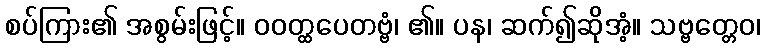
စပ်ကြား၏ အစွမ်းဖြင့်။ ဝဝတ္ထပေတဗ္ဗံ၊ ၏။ ပန၊ ဆက်၍ဆိုအံ့။ သဗ္ဗတ္တေဝ၊